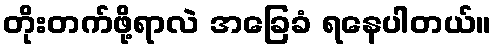
တိုးတက်ဖို့ရာလဲ အခြေခံ ရနေပါတယ်။